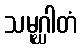
သမုဂ္ဃါတံ